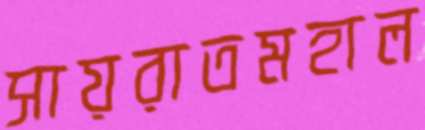
সায়রাতমহাল